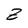
Character: Z